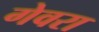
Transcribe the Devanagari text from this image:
गेवरा